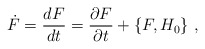
\begin{align*}\dot{F}=\frac{dF}{dt}=\frac{\partial F}{\partial t}+\{F,H_0\}\ ,\end{align*}